Scottish Leaving Certificate Examination, 1953
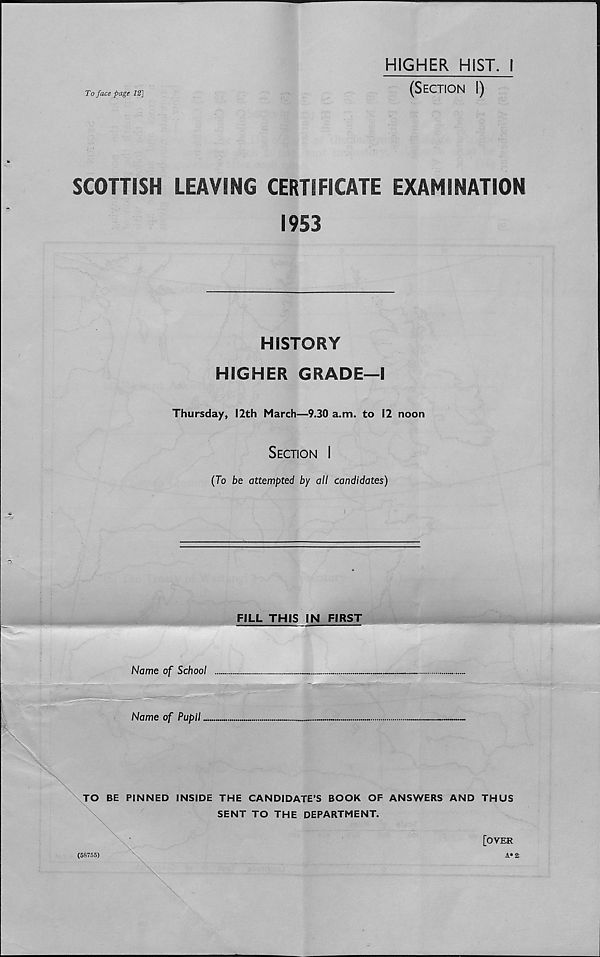
To face page 12]
HIGHER HIST. I
(Section I)
SCOTTISH LEAVING CERTIFICATE EXAMINATION
1953
HISTORY
HIGHER GRADE—I
Thursday, 12th March—9.30 a.m. to 12 noon
Section I
(To be attempted by all candidates)
FILL THIS IN FIRST
Name of School
Name of Pupil
TO BE PINNED INSIDE THE CANDIDATE’S BOOK OF ANSWERS AND THUS
SENT TO THE DEPARTMENT.
[OVER
(58755)
A*£